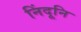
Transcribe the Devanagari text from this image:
निंदूनि